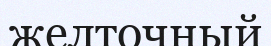
желточный